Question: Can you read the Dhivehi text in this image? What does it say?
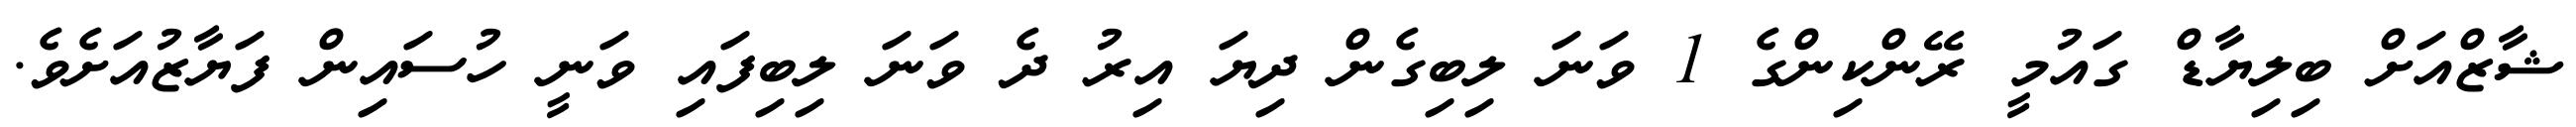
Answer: ޝާޒްއަށް ބިލިޔާޑް ގައުމީ ރޭންކިންގެ 1 ވަނަ ލިބިގެން ދިޔަ އިރު ދެ ވަނަ ލިބިފައި ވަނީ ހުސައިން ފަޔާޒުއަށެވެ.